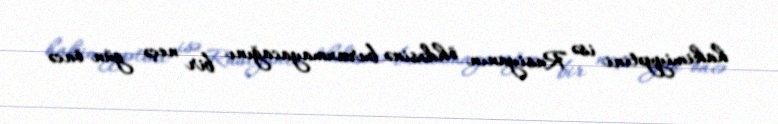
hakimiyyətini isə Rusiyanın öhdəsinə buraxmayacağını bir neçə gün öncə